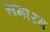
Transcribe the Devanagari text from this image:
समारम